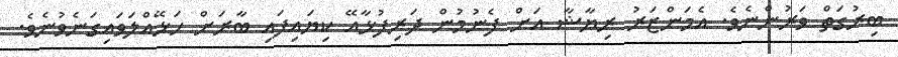
ބިރުގަތް ވަރުންނެވެ. އެމަންޒަރު ރިޔާޝާ އަށް ފެނުމުން ދަރިފުޅާއޭ ކިޔައިފައި ބާރަށް ހަޅޭއްލަވައިގަނެވުނެވެ.